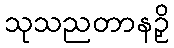
သုသညတာနဉှိ